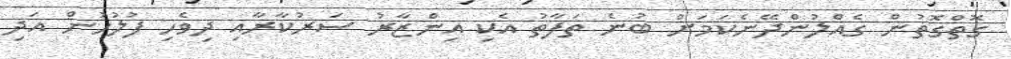
ގޮތްގޮތުން ގެއްލުންދޭނެކަމަށް ބުނެ ތަފާތު އެކި އިންޒާރު ސަރުކާރާއި ދިވެހި ފުލުހުން އަދި